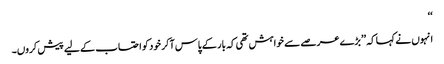
‘‘
انہوں نے کہا کہ ’’بڑے عرصے سے خواہش تھی کہ بار کے پاس آکر خود کو احتساب کے لیے پیش کروں۔